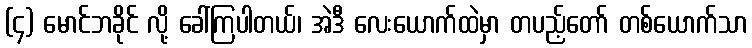
(၄) မောင်ဘခိုင် လို့ ခေါ်ကြပါတယ်၊ အဲဒီ လေးယောက်ထဲမှာ တပည့်တော် တစ်ယောက်သာ